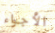
الأجواء